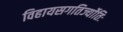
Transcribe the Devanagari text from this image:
विहायसगतिर्ज्योतिः